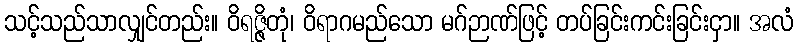
သင့်သည်သာလျှင်တည်း။ ဝိရဇ္ဇိတုံ၊ ဝိရာဂမည်သော မဂ်ဉာဏ်ဖြင့် တပ်ခြင်းကင်းခြင်းငှာ။ အလံ